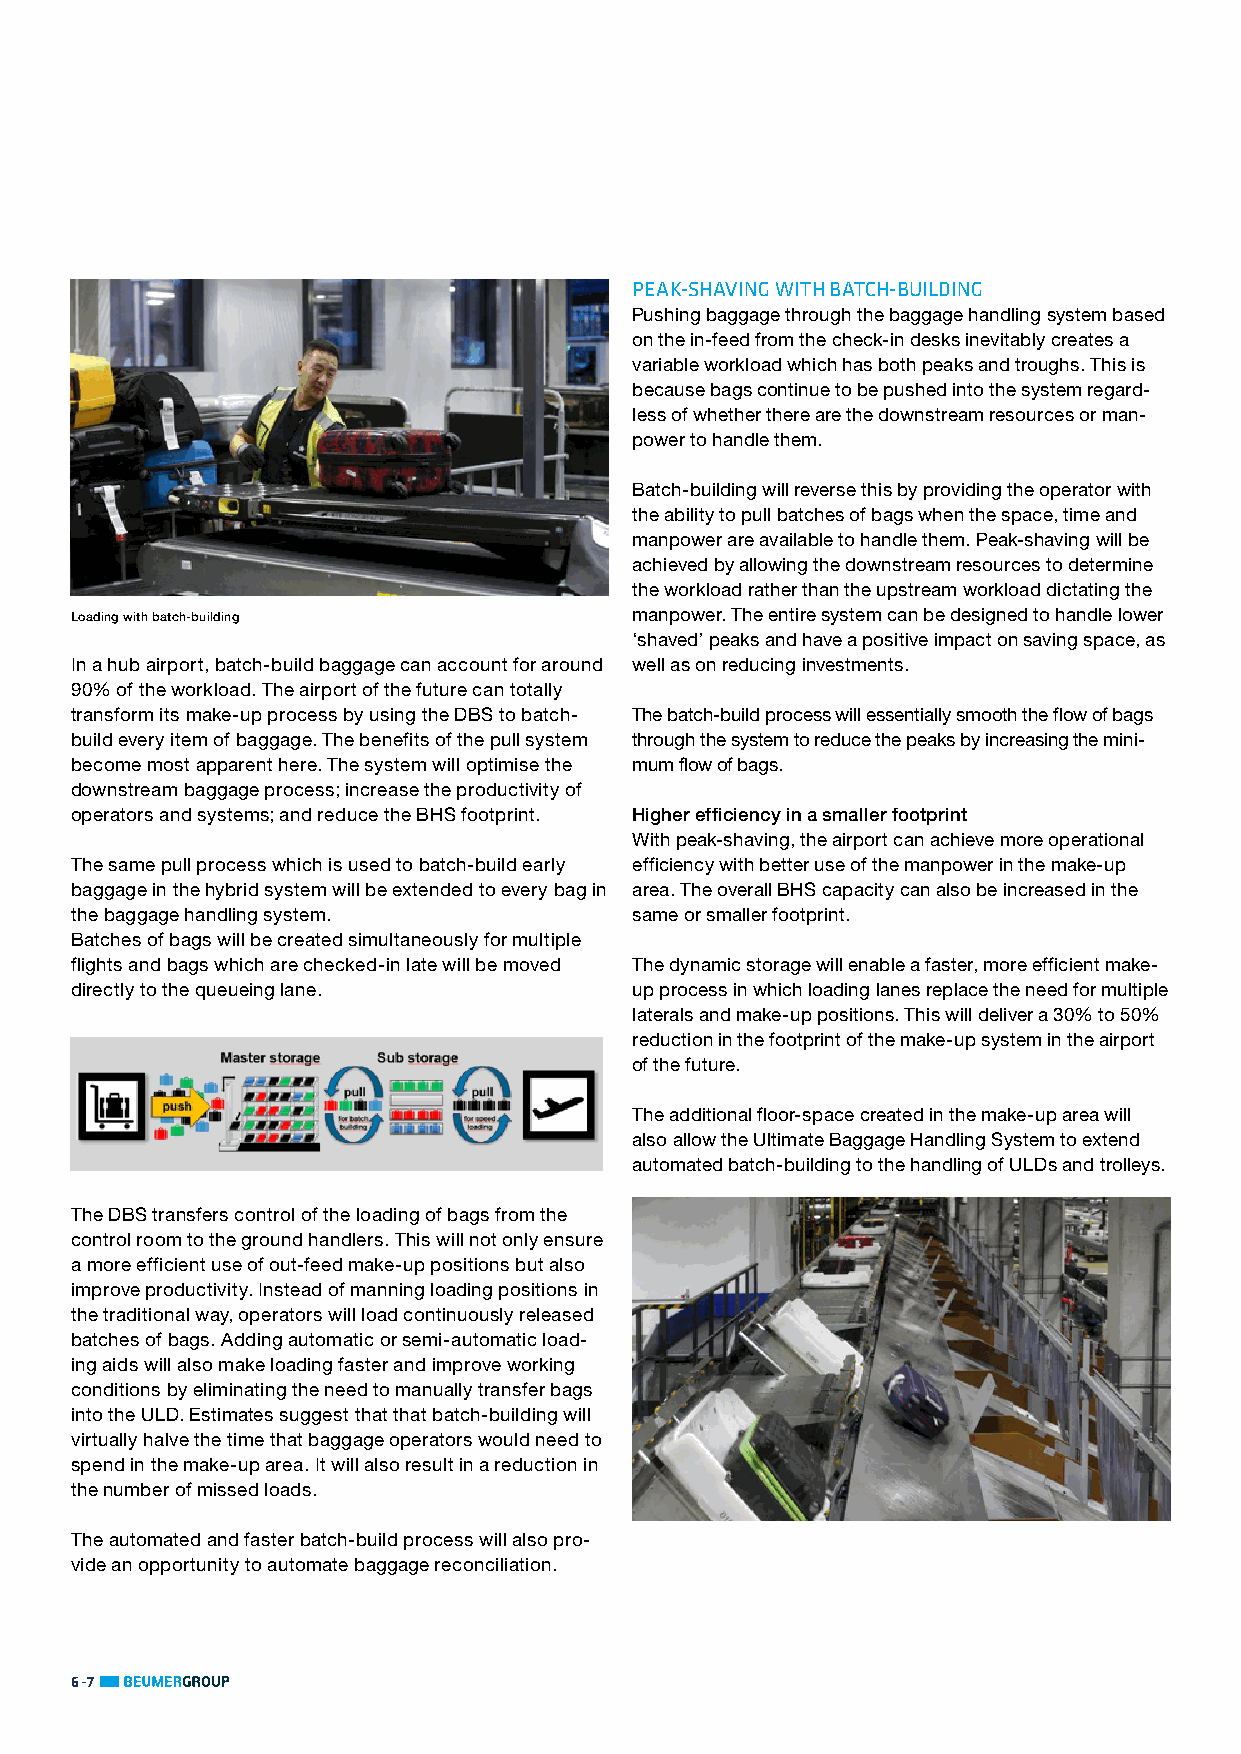
PEAK-SHAVING WITH BATCH-BUILDING
 Pushing baggage through the baggage handling system based
 on the in-feed from the check-in desks inevitably creates a
 variable workload which has both peaks and troughs. This is
 because bags continue to be pushed into the system regard-
 less of whether there are the downstream resources or man-
 power to handle them.
 Batch-building will reverse this by providing the operator with
 the ability to pull batches of bags when the space, time and
 manpower are available to handle them. Peak-shaving will be
 achieved by allowing the downstream resources to determine
 the workload rather than the upstream workload dictating the
 Loading with batch-building          manpower. The entire system can be designed to handle lower
 ‘shaved’ peaks and have a positive impact on saving space, as
 In a hub airport, batch-build baggage can account for around well as on reducing investments.
 90% of the workload. The airport of the future can totally
 transform its make-up process by using the DBS to batch- The batch-build process will essentially smooth the flow of bags
 build every item of baggage. The benefits of the pull system through the system to reduce the peaks by increasing the mini-
 become most apparent here. The system will optimise the mum flow of bags.
 downstream baggage process; increase the productivity of
 operators and systems; and reduce the BHS footprint. Higher efficiency in a smaller footprint
 With peak-shaving, the airport can achieve more operational
 The same pull process which is used to batch-build early efficiency with better use of the manpower in the make-up
 baggage in the hybrid system will be extended to every bag in area. The overall BHS capacity can also be increased in the
 the baggage handling system.         same or smaller footprint.
 Batches of bags will be created simultaneously for multiple
 flights and bags which are checked-in late will be moved The dynamic storage will enable a faster, more efficient make-
 directly to the queueing lane.       up process in which loading lanes replace the need for multiple
 laterals and make-up positions. This will deliver a 30% to 50%
 reduction in the footprint of the make-up system in the airport
 of the future.
 The additional floor-space created in the make-up area will
 also allow the Ultimate Baggage Handling System to extend
 automated batch-building to the handling of ULDs and trolleys.
 The DBS transfers control of the loading of bags from the
 control room to the ground handlers. This will not only ensure
 a more efficient use of out-feed make-up positions but also
 improve productivity. Instead of manning loading positions in
 the traditional way, operators will load continuously released
 batches of bags. Adding automatic or semi-automatic load-
 ing aids will also make loading faster and improve working
 conditions by eliminating the need to manually transfer bags
 into the ULD. Estimates suggest that that batch-building will
 virtually halve the time that baggage operators would need to
 spend in the make-up area. It will also result in a reduction in
 the number of missed loads.
 The automated and faster batch-build process will also pro-
 vide an opportunity to automate baggage reconciliation.
 6-7